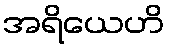
အရိယေဟိ